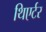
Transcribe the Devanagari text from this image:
थिएर्टर